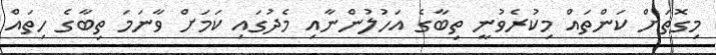
މިގޮތަށް ކަންތައް މިކުރެވުނީ ތިބާގެ އަހުލުންނާއި މެދުގަައި ކަމަށް ވާނަމަ ތިބާގެ ހިތައް